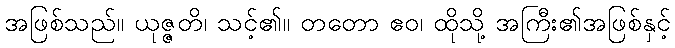
အဖြစ်သည်။ ယုဇ္ဇတိ၊ သင့်၏။ တတော ဧဝ၊ ထိုသို့ အကြီး၏အဖြစ်နှင့်